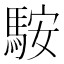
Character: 𩣑